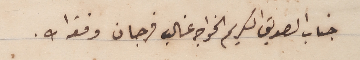
جناب الصديق الكريم الخواجه غالب فرجان وفقه ا ت.